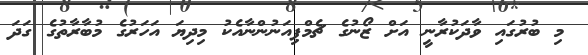
މި ބުރުގައި ވާދަކުރާނީ އަށް ޒޯނުގެ ޗެމްޕިއަނުންނާއެކު މިދިޔަ އަހަރުގެ މުބާރާތުގެ ގަދަ